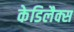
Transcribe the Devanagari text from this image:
केडिलैक्‍स